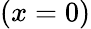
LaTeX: (x=0)